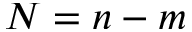
N = n - m